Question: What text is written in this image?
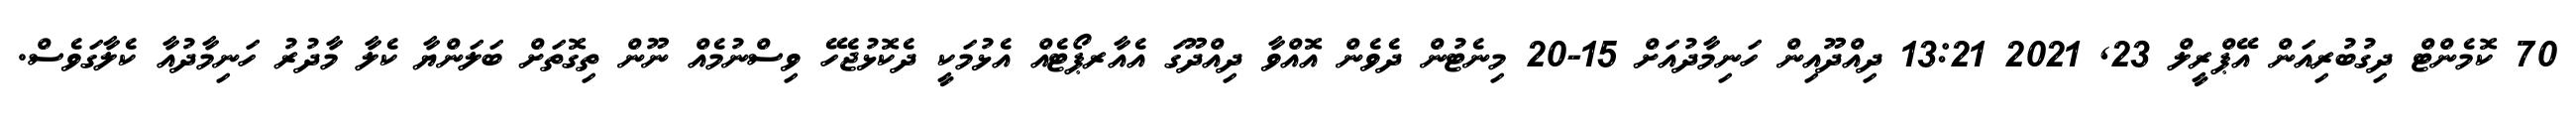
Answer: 70 ކޮމެންޓް ދިގުބުރިއަން އޭޕްރީލް 23, 2021 13:21 ދިއްދޫއިން ހަނިމާދުއަށް 15-20 މިނެޓުން ދެވެން އޮއްވާ ދިއްދޫގަ އެއާރޕޯޓެއް އެޅުމަކީ ދެކޮޅުޖެހޭ ވިސްނުމެއް ނޫން ތިގޮތަށް ބަލަންޔާ ކެލާ މާދުރު ހަނިމާދުއާ ކެލާގަވެސް.